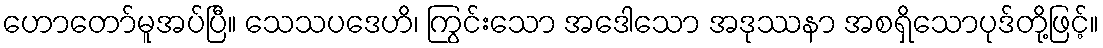
ဟောတော်မူအပ်ပြီ။ သေသပဒေဟိ၊ ကြွင်းသော အဒေါသော အဒုဿနာ အစရှိသောပုဒ်တို့ဖြင့်။